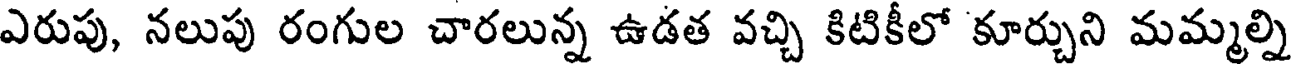
ఎరుపు, నలుపు రంగుల చారలున్న ఉడత వచ్చి కిటికీలో కూర్చుని మమ్మల్ని